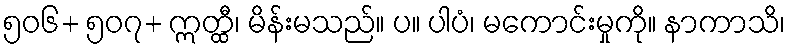
၅၀၆+ ၅၀၇+ ဣတ္ထီ၊ မိန်းမသည်။ ပ။ ပါပံ၊ မကောင်းမှုကို။ နာကာသိ၊